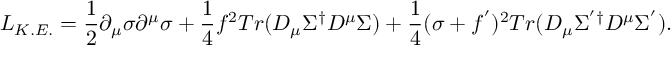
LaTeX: { \cal L } _ { K . E . } = \frac { 1 } { 2 } \partial _ { \mu } \sigma \partial ^ { \mu } \sigma + \frac { 1 } { 4 } f ^ { 2 } T r ( { D } _ { \mu } \Sigma ^ { \dagger } { D } ^ { \mu } \Sigma ) + \frac { 1 } { 4 } ( \sigma + f ^ { ' } ) ^ { 2 } T r ( { D } _ { \mu } \Sigma ^ { ' \dagger } { D } ^ { \mu } \Sigma ^ { ' } ) .